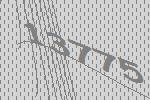
13775